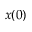
x ( 0 )